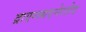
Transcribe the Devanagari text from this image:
द्राएग्ज्यएनेरतेद